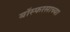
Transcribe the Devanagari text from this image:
बॉस्फरसाच्या